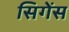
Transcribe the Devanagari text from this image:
सिगेंस